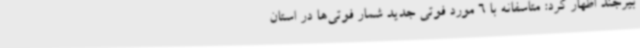
بیرجند اظهار کرد: متاسفانه با 6 مورد فوتی جدید شمار فوتی‌ها در استان